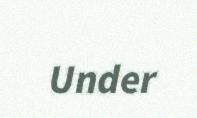
Under